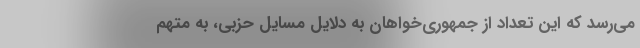
می‌رسد که این تعداد از جمهوری‌خواهان به دلایل مسایل حزبی، به متهم